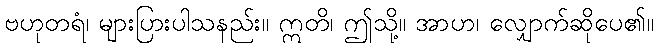
ဗဟုတရံ၊ များပြားပါသနည်း။ ဣတိ၊ ဤသို့။ အာဟ၊ လျှောက်ဆိုပေ၏။